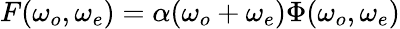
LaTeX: F(\omega_{o},\omega_{e})=\alpha(\omega_{o}+\omega_{e})\Phi(\omega_{o},\omega_{e})